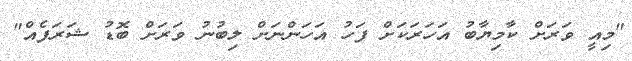
"މިއީ ވަރަށް ކާމިޔާބު އަހަރަކަށް ފަހު އަހަންނަށް ލިބުނު ވަރަށް ބޮޑު ޝަރަފެއް"